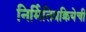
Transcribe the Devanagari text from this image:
निर्मितिप्रक्रियेची